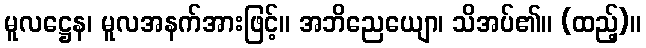
မူလဋ္ဌေန၊ မူလအနက်အားဖြင့်။ အဘိညေယျော၊ သိအပ်၏။ (ထည့်)။